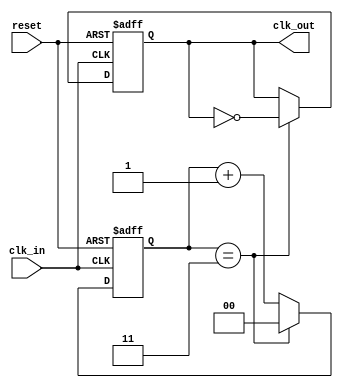
module clock_divider #(
    parameter DIV_FACTOR = 4  // Default division factor
)(
    input wire clk_in,         // Input clock
    input wire reset,          // Asynchronous reset
    output reg clk_out         // Output clock
);

    // Internal counter
    reg [$clog2(DIV_FACTOR)-1:0] counter; // Counter width based on DIV_FACTOR

    // Always block for clock division
    always @(posedge clk_in or posedge reset) begin
        if (reset) begin
            counter <= 0;      // Reset counter
            clk_out <= 0;      // Reset output clock
        end else begin
            if (counter == DIV_FACTOR - 1) begin
                counter <= 0;   // Reset counter
                clk_out <= ~clk_out; // Toggle output clock
            end else begin
                counter <= counter + 1; // Increment counter
            end
        end
    end

endmodule